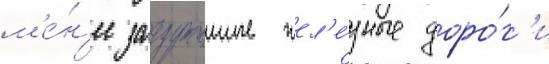
м'е́н'ее загруженные жел'е́зные доро́г'и